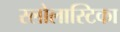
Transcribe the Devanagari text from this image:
स्लोलास्टिका